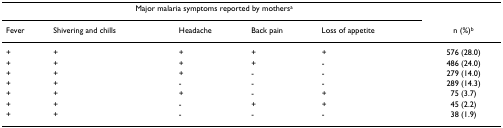
<table><thead><tr><td colspan="5"><b>Major malaria symptoms reported by mothers<sup>a</sup></b></td><td></td></tr><tr><td><b>Fever</b></td><td><b>Shivering and chills</b></td><td><b>Headache</b></td><td><b>Back pain</b></td><td><b>Loss of appetite</b></td><td><b>n (%)<sup>b</sup></b></td></tr></thead><tbody><tr><td>+</td><td>+</td><td>+</td><td>+</td><td>+</td><td>576 (28.0)</td></tr><tr><td>+</td><td>+</td><td>+</td><td>+</td><td>-</td><td>486 (24.0)</td></tr><tr><td>+</td><td>+</td><td>+</td><td>-</td><td>-</td><td>279 (14.0)</td></tr><tr><td>+</td><td>+</td><td>-</td><td>-</td><td>-</td><td>289 (14.3)</td></tr><tr><td>+</td><td>+</td><td>+</td><td>-</td><td>+</td><td>75 (3.7)</td></tr><tr><td>+</td><td>+</td><td>-</td><td>+</td><td>+</td><td>45 (2.2)</td></tr><tr><td>+</td><td>+</td><td>-</td><td>-</td><td>-</td><td>38 (1.9)</td></tr></tbody></table>